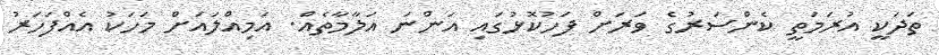
ތަދަކީ އުރަމަތީ ކެންސަރުގެ ވަރަށް ފަހުކޮޅުގައި އަންނަ އަލާމާތެއް. އަމިއްލައަށް މަހަކު އެއްފަހަރު